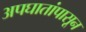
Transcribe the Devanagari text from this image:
अपघातांपासून